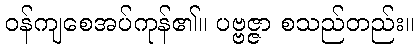
ဝန်ကျစေအပ်ကုန်၏။ ပဗ္ဗဇ္ဇာ စသည်တည်း။